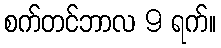
စက်တင်ဘာလ 9 ရက်။